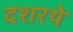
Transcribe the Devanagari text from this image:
दशरथे